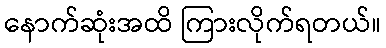
နောက်ဆုံးအထိ ကြားလိုက်ရတယ်။